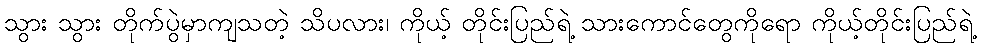
သွား သွား တိုက်ပွဲမှာကျသတဲ့ သိပလား၊ ကိုယ့် တိုင်းပြည်ရဲ့ သားကောင်တွေကိုရော ကိုယ့်တိုင်းပြည်ရဲ့